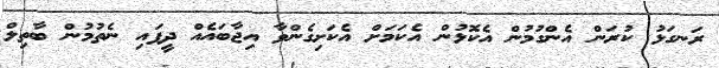
ރަނގަޅު ކުރަން އެންގުމުން އެކޮޅުން އެކަމަށް އެކަށިގެންވާ އިޖާބައެއް ދީފައި ނެތުމުން ބާތިލް